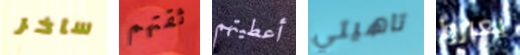
ساخر ثقتهم أعطيتهم تاهيتي يعبروا